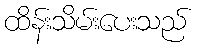
ထိန်းသိမ်းပေးသည်